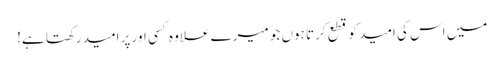
میں اس کی امید کو قطع کرتا ہوں جو میرے علاوہ کسی اور پر امید رکھتا ہے!